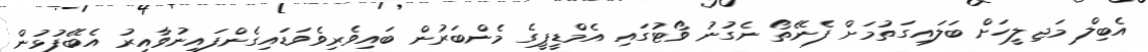
އެބިލް މަޖިލީހަށް ބަލައިގަތުމަށް ފެނޭތޯ ނެގުނު ވޯޓުގައި އެމްޑީޕީގެ މެންބަރުން ބައިވެރިވެވަޑައިގެންފައިނުވާއިރު އެބޭފުޅުން